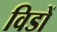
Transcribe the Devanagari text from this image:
विडों